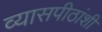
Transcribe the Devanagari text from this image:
व्यासपीठांशी